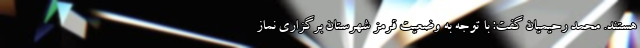
هستند. محمد رحیمیان گفت: با توجه به وضعیت قرمز شهرستان برگزاری نماز